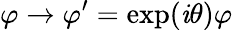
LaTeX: \varphi\to\varphi^{\prime}=\exp(\mathit{i}\theta)\varphi